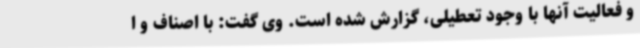
و فعالیت آنها با وجود تعطیلی، گزارش شده است. وی گفت: با اصناف و ا